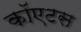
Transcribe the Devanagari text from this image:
कॉएटस